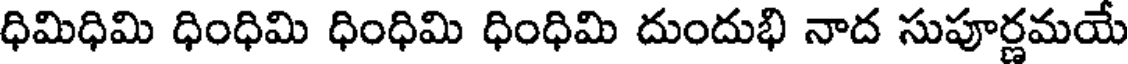
ధిమిధిమి ధింధిమి ధింధిమి ధింధిమి దుందుభి నాద సుపూర్ణమయే